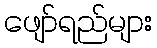
ဖျော်ရည်များ